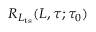
R _ { L _ { \mathrm { t s } } } ( L , \tau ; \tau _ { 0 } )